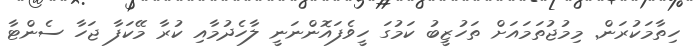
ހިތާމަކުރަން